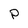
Character: P